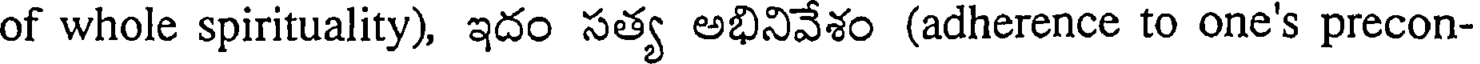
of whole spirituality), ఇదం సత్య అభినివేశం (adherence to one's precon-